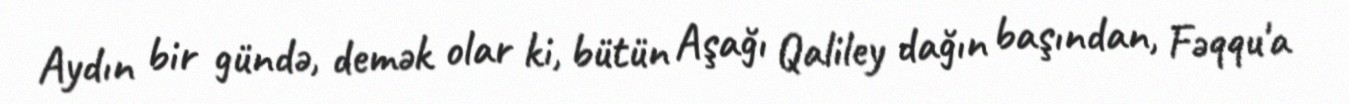
Aydın bir gündə, demək olar ki, bütün Aşağı Qaliley dağın başından, Fəqqu'a